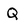
Character: Q